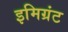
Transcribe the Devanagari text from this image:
इमिग्रंट